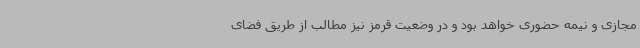
مجازی و نیمه‌ حضوری خواهد بود و در وضعیت قرمز نیز مطالب از طریق فضای